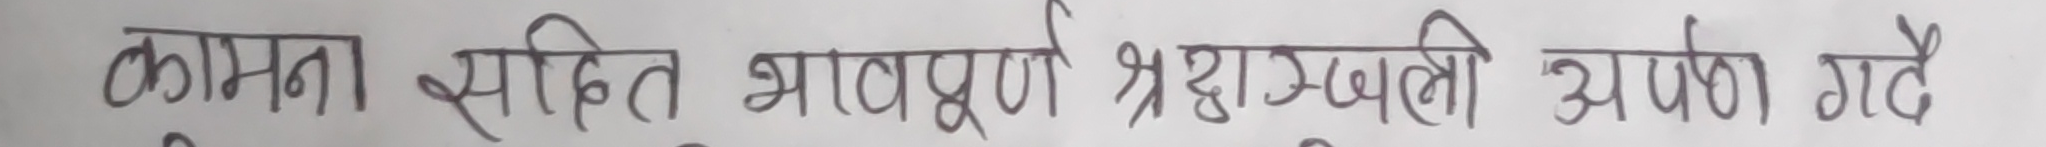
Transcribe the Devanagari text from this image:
कामना सहित भावपूर्ण श्रद्धाञ्जली अर्पण गर्दछु।